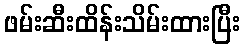
ဖမ်းဆီးထိန်းသိမ်းထားပြီး